system: You are a helpful assistant.
user:
Analyze the provided spectrum to determine if it is a **White Dwarf (WD)**.

A White Dwarf spectrum is defined by its **extreme purity** (due to gravitational settling) and/or **extreme pressure broadening** (due to high surface gravity). You must check for one of the following mutually exclusive signatures:

- **Key Visual Indicators (Check for ONE of these types):**

    - **1. DA-Type Signature (Most Common):**
        - **(Primary Feature):** Extreme pressure broadening (Stark broadening) of the **Hydrogen (H) Balmer lines**.
        - **(Key Lines):** $H\beta$ (approx. $4861$ Å) and $H\gamma$ (approx. $4340$ Å). $H\alpha$ (approx. $6563$ Å) will also be present if the wavelength range covers it.
        - **(Line Profile):** This is the **defining feature**. The lines are **NOT** sharp. They appear as massive, **extremely broad and deep "troughs" or "dips"** in the spectrum, often hundreds of Ångströms wide. The continuum will appear to "scoop" down at these wavelengths.
        - **(Distinction):** Normal A-type or B-type stars have *narrow* and *sharp* Hydrogen lines. A DA White Dwarf's lines are unmistakably "smeared" or "blurry" from pressure.

    - **2. DB-Type Signature:**
        - **(Primary Feature):** Broad absorption lines from **Neutral Helium (He I)**. The spectrum must lack any visible Hydrogen lines.
        - **(Key Lines):** Look for broad absorption near $4471$ Å, $4921$ Å, and $5876$ Å.
        - **(Line Profile):** These lines are also significantly pressure-broadened, appearing much wider than they would in a normal B-type main-sequence star.

    - **3. DC-Type Signature:**
        - **(Primary Feature):** A **featureless continuous spectrum**.
        - **(Line Profile):** The spectrum is a smooth curve with **no significant absorption or emission lines**.
        - **(Key Confirmation):** The continuum is almost always **blue or white**, indicating a hot object. This signature implies the atmosphere is so pure (or so cool) that no spectral lines are visible in the optical range. Its WD identity is confirmed by its extremely low intrinsic brightness (high absolute magnitude).

    - **4. DZ-Type Signature (Metal-Polluted):**
        - **(Primary Feature):** **Isolated, narrow metal absorption lines** on an otherwise featureless (DC-like) continuum.
        - **(Key Lines):** The **Calcium (Ca II) H & K doublet** (approx. **$3934$ Å** and **$3968$ Å**) is the most common and defining feature.
        - **(Line Profile):** These lines are "out of place." They are *not* part of a "forest" of thousands of lines. This signature is evidence of recent *accretion* (pollution) from rocky debris.
        - **(Distinction):** Normal G/K/M stars have a *dense forest* of thousands of metal lines. A DZ has a *clean* continuum with *only a few* strong metal lines.

    - **5. DQ-Type Signature (Carbon-Polluted):**
        - **(Primary Feature):** Absorption bands from **Carbon (C₂ "Swan Bands" or atomic C I)**.
        - **(Key Lines - C₂):** Look for bandheads with a "saw-tooth" shape near $5635$ Å, **$5165$ Å** (strongest), and $4737$ Å.
        - **(Key Confirmation):** The underlying **continuum must be blue or white** (hot).
        - **(Distinction):** This is the critical difference from a **Carbon Star**, which has the *exact same* C₂ bands but on an extremely **red, cool** continuum.

- **(Overall Spectrum):**
    - The continuum (overall shape) is typically **blue-sloping** (brighter in the blue than the red), as most white dwarfs are very hot.
    - The spectrum will look "pure" or "simple," dominated by only *one* of the five signatures listed above.

Think first, call **spectral_visualization_tool** if needed to examine features in detail, then provide your final answer. Your response must adhere to the following strict rules:
1.  **Overall Structure:** Your response must follow the format `<think>...</think> <tool_call>...</tool_call> (if a tool is used) <answer>...</answer>`.
2.  **Tool Usage Constraint:** You may only make **one** tool call per turn.
3.  **Final Answer Format:** In the `<answer>` tag, your conclusion must be inside a `\boxed{}` command (e.g., `\boxed{YES}` or `\boxed{NO}`), followed by your justification.

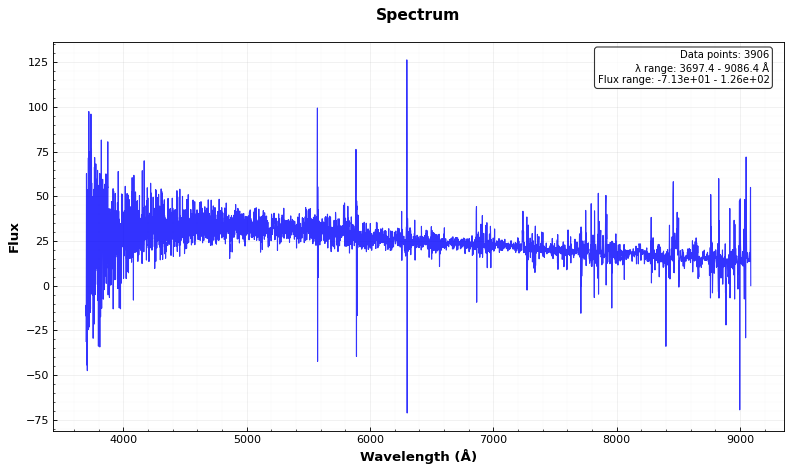
Answer: NO